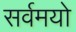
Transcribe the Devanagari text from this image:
सर्वमयो